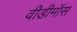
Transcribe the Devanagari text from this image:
वीडीमॉस